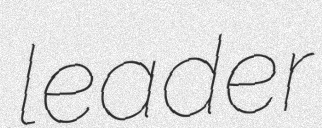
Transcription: leader